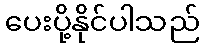
ပေးပို့နိုင်ပါသည်